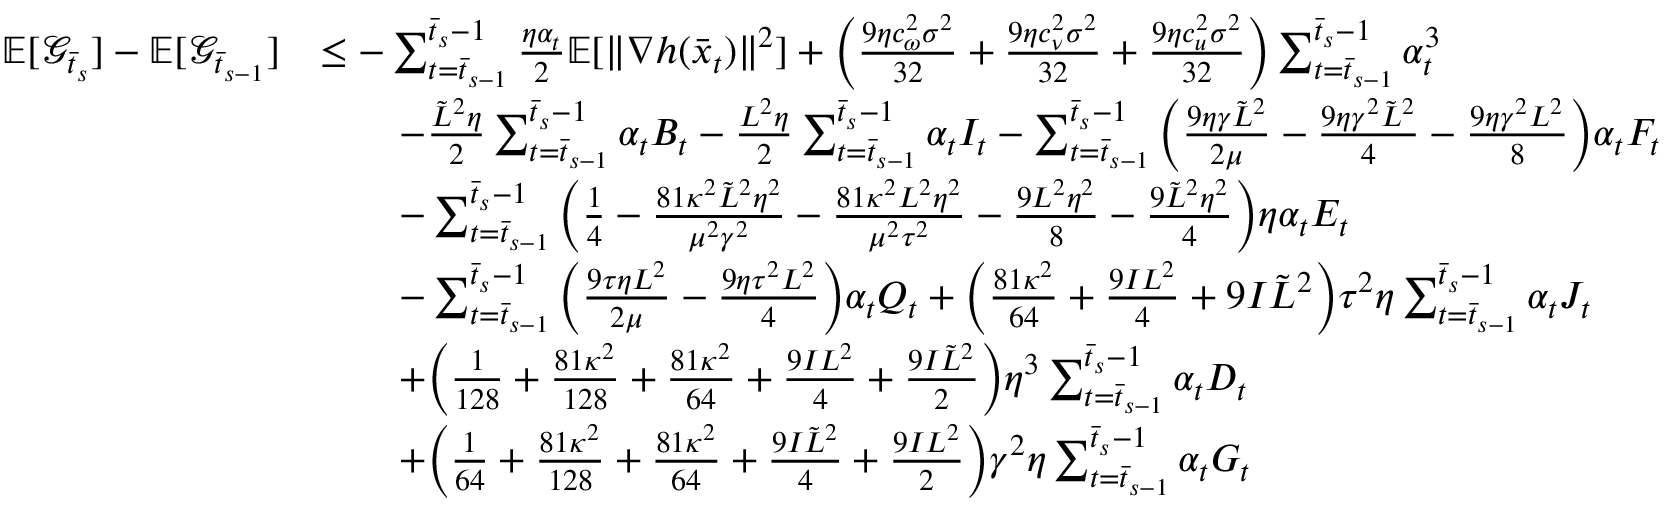
\begin{array} { r l } { \mathbb { E } [ \mathcal { G } _ { \bar { t } _ { s } } ] - \mathbb { E } [ \mathcal { G } _ { \bar { t } _ { s - 1 } } ] } & { \leq - \sum _ { t = \bar { t } _ { s - 1 } } ^ { \bar { t } _ { s } - 1 } \frac { \eta \alpha _ { t } } { 2 } \mathbb { E } [ \| \nabla h ( \bar { x } _ { t } ) \| ^ { 2 } ] + \bigg ( \frac { 9 \eta c _ { \omega } ^ { 2 } \sigma ^ { 2 } } { 3 2 } + \frac { 9 \eta c _ { \nu } ^ { 2 } \sigma ^ { 2 } } { 3 2 } + \frac { 9 \eta c _ { u } ^ { 2 } \sigma ^ { 2 } } { 3 2 } \bigg ) \sum _ { t = \bar { t } _ { s - 1 } } ^ { \bar { t } _ { s } - 1 } \alpha _ { t } ^ { 3 } } \\ & { \qquad - \frac { \tilde { L } ^ { 2 } \eta } { 2 } \sum _ { t = \bar { t } _ { s - 1 } } ^ { \bar { t } _ { s } - 1 } \alpha _ { t } B _ { t } - \frac { L ^ { 2 } \eta } { 2 } \sum _ { t = \bar { t } _ { s - 1 } } ^ { \bar { t } _ { s } - 1 } \alpha _ { t } I _ { t } - \sum _ { t = \bar { t } _ { s - 1 } } ^ { \bar { t } _ { s } - 1 } \bigg ( \frac { 9 \eta \gamma \tilde { L } ^ { 2 } } { 2 \mu } - \frac { 9 \eta \gamma ^ { 2 } \tilde { L } ^ { 2 } } { 4 } - \frac { 9 \eta \gamma ^ { 2 } L ^ { 2 } } { 8 } \bigg ) \alpha _ { t } F _ { t } } \\ & { \qquad - \sum _ { t = \bar { t } _ { s - 1 } } ^ { \bar { t } _ { s } - 1 } \bigg ( \frac { 1 } { 4 } - \frac { 8 1 \kappa ^ { 2 } \tilde { L } ^ { 2 } \eta ^ { 2 } } { \mu ^ { 2 } \gamma ^ { 2 } } - \frac { 8 1 \kappa ^ { 2 } L ^ { 2 } \eta ^ { 2 } } { \mu ^ { 2 } \tau ^ { 2 } } - \frac { 9 L ^ { 2 } \eta ^ { 2 } } { 8 } - \frac { 9 \tilde { L } ^ { 2 } \eta ^ { 2 } } { 4 } \bigg ) \eta \alpha _ { t } E _ { t } } \\ & { \qquad - \sum _ { t = \bar { t } _ { s - 1 } } ^ { \bar { t } _ { s } - 1 } \bigg ( \frac { 9 \tau \eta L ^ { 2 } } { 2 \mu } - \frac { 9 \eta \tau ^ { 2 } L ^ { 2 } } { 4 } \bigg ) \alpha _ { t } Q _ { t } + \bigg ( \frac { 8 1 \kappa ^ { 2 } } { 6 4 } + \frac { 9 I L ^ { 2 } } { 4 } + 9 I \tilde { L } ^ { 2 } \bigg ) \tau ^ { 2 } \eta \sum _ { t = \bar { t } _ { s - 1 } } ^ { \bar { t } _ { s } - 1 } \alpha _ { t } J _ { t } } \\ & { \qquad + \bigg ( \frac { 1 } { 1 2 8 } + \frac { 8 1 \kappa ^ { 2 } } { 1 2 8 } + \frac { 8 1 \kappa ^ { 2 } } { 6 4 } + \frac { 9 I L ^ { 2 } } { 4 } + \frac { 9 I \tilde { L } ^ { 2 } } { 2 } \bigg ) \eta ^ { 3 } \sum _ { t = \bar { t } _ { s - 1 } } ^ { \bar { t } _ { s } - 1 } \alpha _ { t } D _ { t } } \\ & { \qquad + \bigg ( \frac { 1 } { 6 4 } + \frac { 8 1 \kappa ^ { 2 } } { 1 2 8 } + \frac { 8 1 \kappa ^ { 2 } } { 6 4 } + \frac { 9 I \tilde { L } ^ { 2 } } { 4 } + \frac { 9 I L ^ { 2 } } { 2 } \bigg ) \gamma ^ { 2 } \eta \sum _ { t = \bar { t } _ { s - 1 } } ^ { \bar { t } _ { s } - 1 } \alpha _ { t } G _ { t } } \end{array}